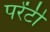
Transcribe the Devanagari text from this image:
परेंटी